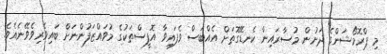
މި ޕްރޮމޯޝަންގެ ދަށުން މުސާރައިން ކެނޑޭގޮތަށް އެއްބަސް ވެފައިވާ އޮފީސްތަކުގެ މުވައްޒަފުންނަށް ބައިވެރިވެވޭނެއެވެ.